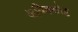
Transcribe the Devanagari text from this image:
अयिक्कोट्ट